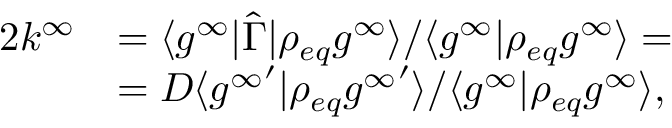
\begin{array} { r l } { 2 k ^ { \infty } } & { = \langle g ^ { \infty } \rvert \hat { \Gamma } \rvert \rho _ { e q } g ^ { \infty } \rangle / \langle g ^ { \infty } \rvert \rho _ { e q } g ^ { \infty } \rangle = } \\ & { = D \langle { g ^ { \infty } } ^ { \prime } \rvert \rho _ { e q } { g ^ { \infty } } ^ { \prime } \rangle / \langle g ^ { \infty } \rvert \rho _ { e q } g ^ { \infty } \rangle , } \end{array}